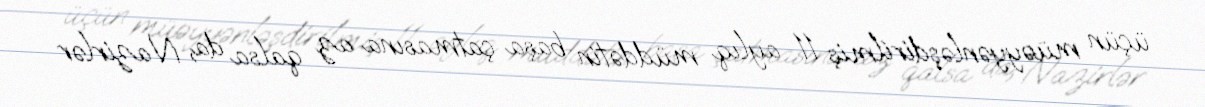
üçün müəyyənləşdirilmiş 11 aylıq müddətin başa çatmasına az qalsa da, Nazirlər